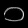
Digit: ၁